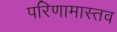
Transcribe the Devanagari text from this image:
परिणामास्तव